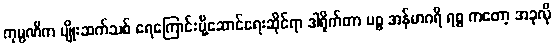
ကုမ္ပဏီက မျိုးဆက်သစ် ရေကြောင်းပို့ဆောင်ရေးဆိုင်ရာ ဒါရိုက်တာ မစ္စ အန်မာဂရိ ရစ္စ ကတော့ အခုလို